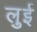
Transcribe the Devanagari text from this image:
लुुई